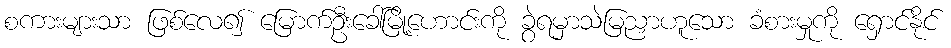
စကားများသာ ဖြစ်လေ၍ မြောက်ဦးခေါ်မြို့ဟောင်းကို ခွဲရမှာသဲမြညှာဟူသော ခံစားမှုကို ရှောင်နိုင်